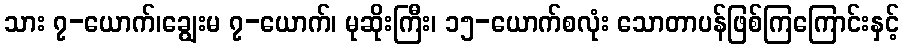
သား ၇-ယောက်၊ချွေးမ ၇-ယောက်၊ မုဆိုးကြီး၊ ၁၅-ယောက်စလုံး သောတာပန်ဖြစ်ကြကြောင်းနှင့်